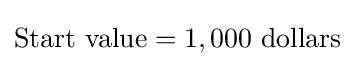
{\text{Start value}}=1,000{\text{ dollars}}